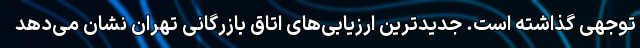
توجهی گذاشته است. جدیدترین ارزیابی‌های اتاق بازرگانی تهران نشان می‌دهد